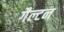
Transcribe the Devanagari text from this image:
गैल्टन